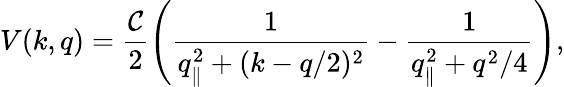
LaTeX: V(k,q)=\frac{{\cal C}}{2}\left(\frac{1}{q_{\| }^{2}+(k-q/2)^{2}}-\frac{1}{q_{\| }^{2}+q^{2}/4}\right),